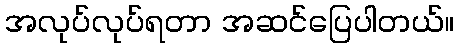
အလုပ်လုပ်ရတာ အဆင်ပြေပါတယ်။